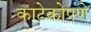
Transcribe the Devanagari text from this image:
काटेकोपणे